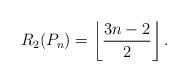
LaTeX: \begin{align*}R_2(P_n)=\left\lfloor\frac{3n-2}{2}\right\rfloor.\end{align*}